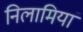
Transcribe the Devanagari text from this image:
निलामियां